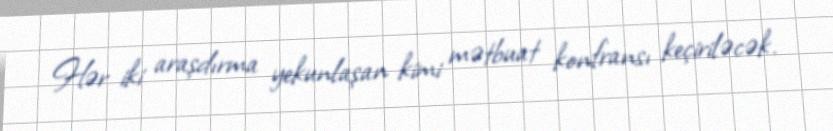
Hər iki araşdırma yekunlaşan kimi mətbuat konfransı keçiriləcək.